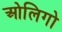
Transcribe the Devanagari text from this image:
ओलिगो